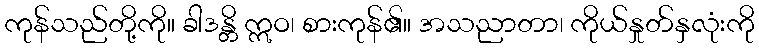
ကုန်သည်တို့ကို။ ခါဒန္တိ ဣဝ၊ စားကုန်၏။ အသညာတာ၊ ကိုယ်နှုတ်နှလုံးကို